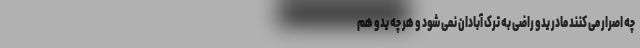
چه اصرار می کنند مادر یدو راضی به ترک آبادان نمی شود و هر چه یدو هم